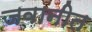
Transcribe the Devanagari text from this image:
जवानीत